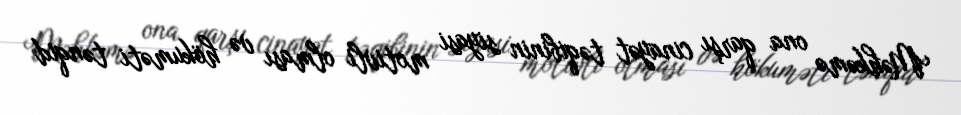
Məhkəmə ona qarşı cinayət təqibinin siyasi motivli olması və hökuməti tənqid